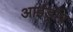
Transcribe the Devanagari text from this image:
आईड्रॉप